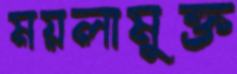
ময়লামুক্ত